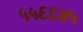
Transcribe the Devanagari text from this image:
५५६६४५